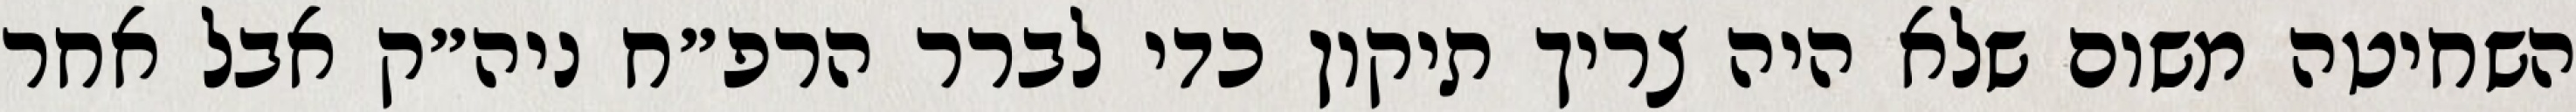
השחיטה משום שלא היה צריך תיקון כדי לברר הרפ״ח ניה״ק אבל אחר